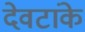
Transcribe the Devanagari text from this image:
देवटांके